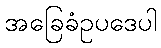
အခြေခံဥပဒေပါ